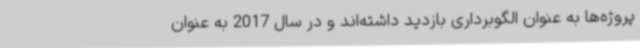
پروژه‌ها به عنوان الگوبرداری بازدید داشته‌اند و در سال 2017 به عنوان